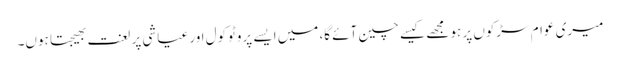
میری عوام سڑکوں پر ہو مجھے کیسے چین آئے گا، میں ایسے پروٹوکول اور عیاشی پر لعنت بھیجتا ہوں۔